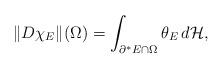
LaTeX: \begin{align*}\Vert D\chi_{E}\Vert(\Omega)=\int_{\partial^{*}E\cap \Omega}\theta_E\,d\mathcal H,\end{align*}